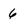
Character: 6